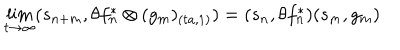
LaTeX: \lim _ { t \rightarrow \infty } ( s _ { n + m } , \theta f _ { n } ^ { \ast } \otimes ( g _ { m } ) _ { ( t a , 1 ) } ) = ( s _ { n } , \theta f _ { n } ^ { \ast } ) ( s _ { m } , g _ { m } )